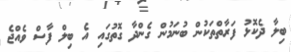
ބިލާ ދެކޮޅު ފަރާތްތަކުން ބުނަމުން ގެންދާ ގޮތުގައި އެ ބިލް ފާސް ވެއްޖެ